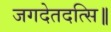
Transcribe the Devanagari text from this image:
जगदेतदत्सि॥